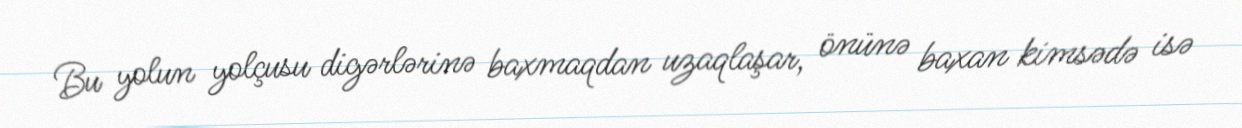
Bu yolun yolçusu digərlərinə baxmaqdan uzaqlaşar, önünə baxan kimsədə isə